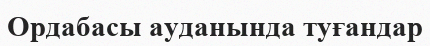
Ордабасы ауданында туғандар